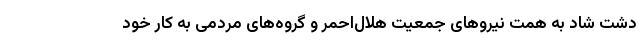
دشت شاد به همت نیروهای جمعیت هلال‌احمر و گروه‌های مردمی به کار خود